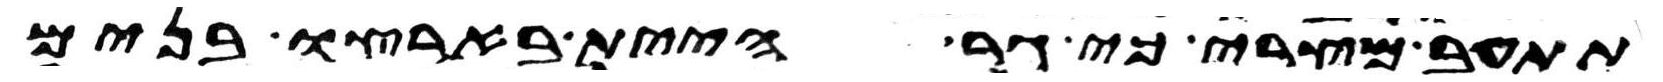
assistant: תתעב מצרי כי גר היית בארצו בנים